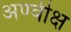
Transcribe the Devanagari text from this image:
अण्वीक्ष